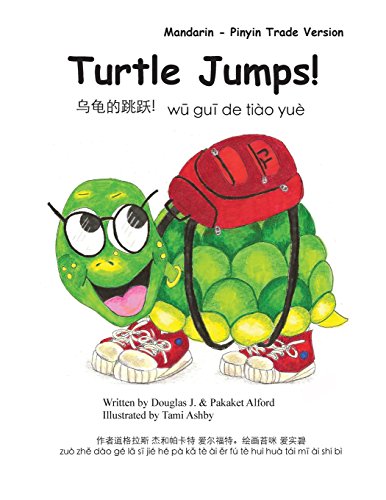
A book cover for Turtle Jumps! Mandarin - Pinyin Trade Version (Chinese Edition); Mr Douglas J Alford; Children's Books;